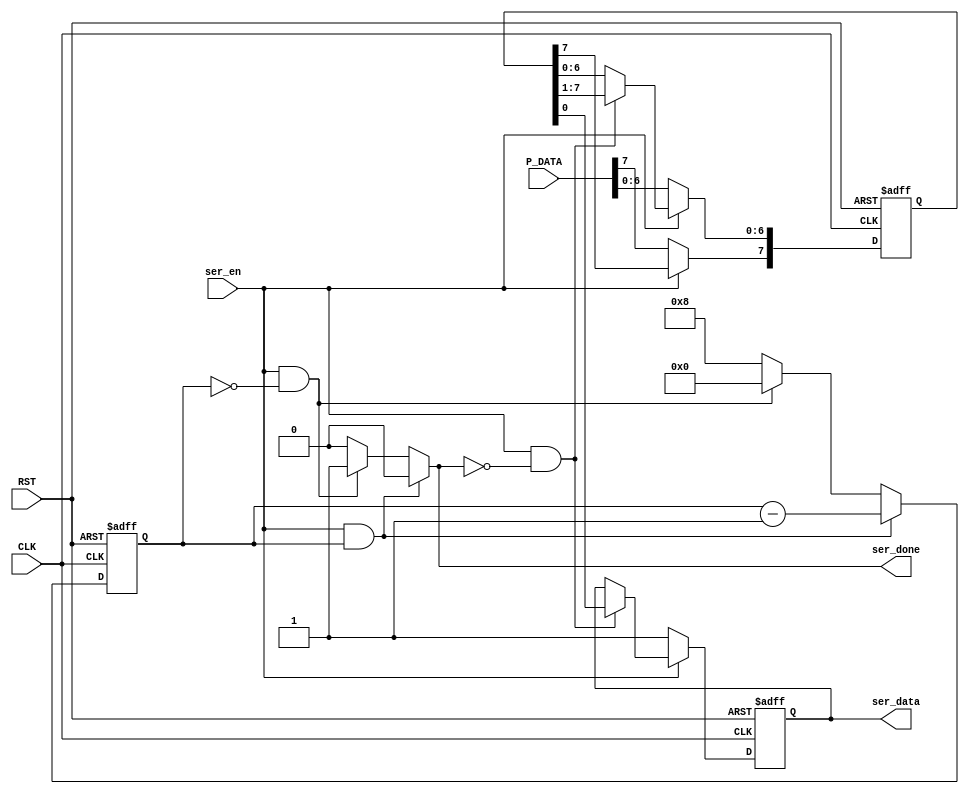
module serializer #( parameter WIDTH = 8, 
                                COUNT_BITS = ($clog2(WIDTH)+1)  )
                    ( input   wire  [WIDTH-1:0] P_DATA,
                      input   wire  ser_en,
                      input   wire  CLK,
                      input   wire  RST,
                      output  reg   ser_data,
                      output  reg   ser_done                    );
              
  reg [COUNT_BITS-1:0]  counter;          // combinational logic output counter 
  reg [COUNT_BITS-1:0]  counter_r;        // sequential logic output counter
  reg [WIDTH-1:0]       data;
  
  // serializer sequential always block
  always @(posedge CLK, negedge RST)
  begin
    if(!RST)
      begin
        ser_data <= 1'b1;
        data <= 'b0;
      end
    else if(!ser_en)
      begin
        ser_data  <= 1'b1;
        data      <= P_DATA;
      end
    else if(ser_en && !ser_done)
      {data[WIDTH-2:0],ser_data} <= data;
  end
  
  // counter sequential always block
  always @(posedge CLK, negedge RST)
  begin 
    if(!RST)
      counter_r <= WIDTH;
    else
      counter_r <= counter;
  end
  
  // counter combinational always block
  always @(*)
  begin
    if(ser_en && counter_r)
      begin
        counter = counter_r - 1'b1;
        ser_done    = 1'b0;
      end
    else if (ser_en && !counter_r)
      begin
        counter = 1'b0;
        ser_done    = 1'b1;
      end 
    else
      begin
        counter = WIDTH;
        ser_done    = 1'b0;
      end
   end
endmodule